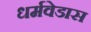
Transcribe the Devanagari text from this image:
धर्मवेडास